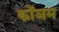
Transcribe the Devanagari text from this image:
कोंञम